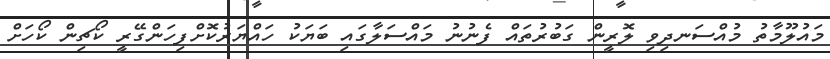
މައުލޫމާތު މުއްސަނދިވި ލޮރީން ގަބުރުތައް ފެނުނު މައްސަލާގައި ބަޔަކު ހައްޔަރުކޮށްފިހަންގޭރީ ކޯޗިން ކޯހަށް